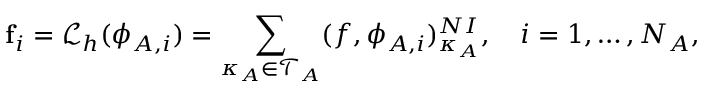
\mathbf { f } _ { i } = \mathcal { L } _ { h } ( \phi _ { A , i } ) = \sum _ { \kappa _ { A } \in \mathcal { T } _ { A } } ( f , \phi _ { A , i } ) _ { \kappa _ { A } } ^ { N I } , \quad i = 1 , \dots , N _ { A } ,